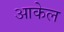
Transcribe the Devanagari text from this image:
आकेल